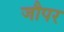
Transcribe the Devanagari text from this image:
जौपर